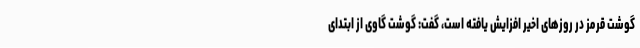
گوشت قرمز در روزهای اخیر افزایش یافته است، گفت: گوشت گاوی از ابتدای